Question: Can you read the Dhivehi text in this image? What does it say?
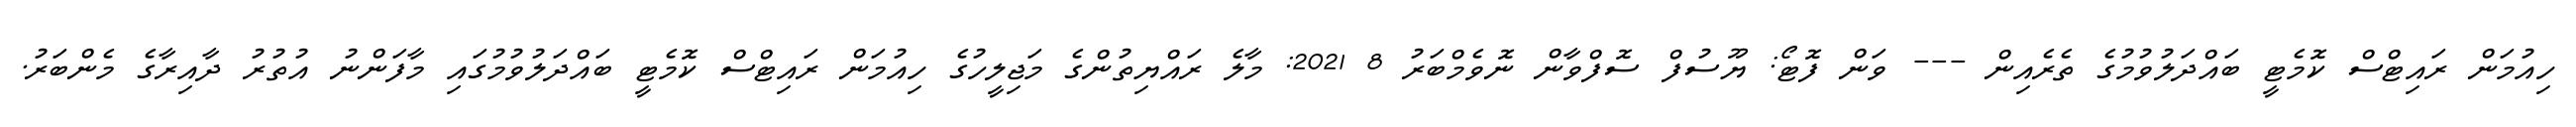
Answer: ހިއުމަން ރައިޓްސް ކޮމެޓީ ބައްދަލުވުމުގެ ތެރެއިން --- ވަން ފޮޓޯ: ޔޫސުފް ސޮފްވާން ނޮވެމްބަރު 8 2021: މާލެ ރައްޔިތުންގެ މަޖިލީހުގެ ހިއުމަން ރައިޓްސް ކޮމެޓީ ބައްދަލުވުމުގައި މާފަންނު އުތުރު ދާއިރާގެ މެންބަރު.